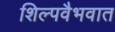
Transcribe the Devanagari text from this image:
शिल्पवैभवात